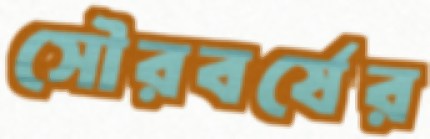
সৌরবর্ষের